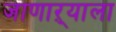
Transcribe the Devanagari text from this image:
जाणाऱ्याला